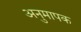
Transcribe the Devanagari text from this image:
अनुमापक